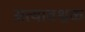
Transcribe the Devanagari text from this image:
अत्यावश्वक